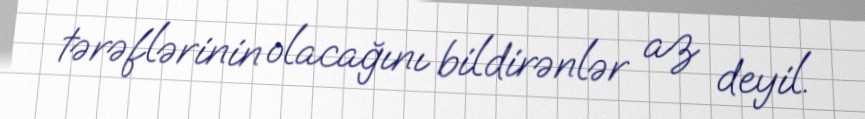
tərəflərinin olacağını bildirənlər az deyil.